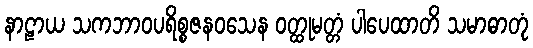
နာဠာယ သကဘာဝပရိစ္စဇနဝသေန ဝတ္ထုမတ္တံ ပါပေထာတိ သမာဓာတုံ